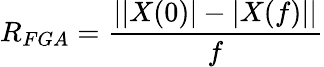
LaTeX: R_{FGA}=\frac{||X(0)|-|X(f)||}{f}